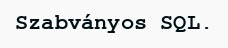
Szabványos SQL.